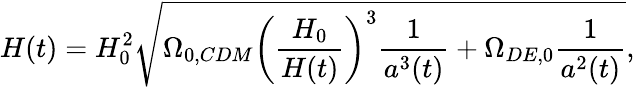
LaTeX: H(t)=H_{0}^{2}\sqrt{\Omega_{0,CDM}\left(\frac{H_{0}}{H(t)}\right)^{3}\frac{1}{a^{3}(t)}+\Omega_{DE,0}\frac{1}{a^{2}(t)}},